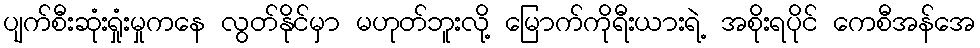
ပျက်စီးဆုံးရှုံးမှုကနေ လွတ်နိုင်မှာ မဟုတ်ဘူးလို့ မြောက်ကိုရီးယားရဲ့ အစိုးရပိုင် ကေစီအန်အေ